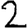
Digit: 2